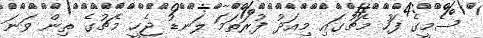
ސެމީގެ ފަހު މެޗުގައި މިއަދު ފުރަތަމަ ލަނޑު ޖެހީ މެޗުގެ ތިން ވަނަ